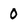
Character: 0